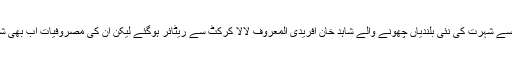
جارحانہ بلے بازی سے شہرت کی نئی بلندیاں چھونے والے شاہد خان آفریدی المعروف لالا کرکٹ سے ریٹائر ہوگئے لیکن ان کی مصروفیات اب بھی شہ سرخیاں بناتی ہیں۔